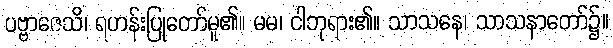
ပဗ္ဗာဇေသိ၊ ရဟန်းပြုတော်မူ၏။ မမ၊ ငါဘုရား၏။ သာသနေ၊ သာသနာတော်၌။